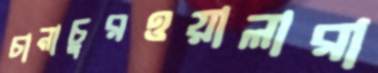
চানাচুরওয়ালারা